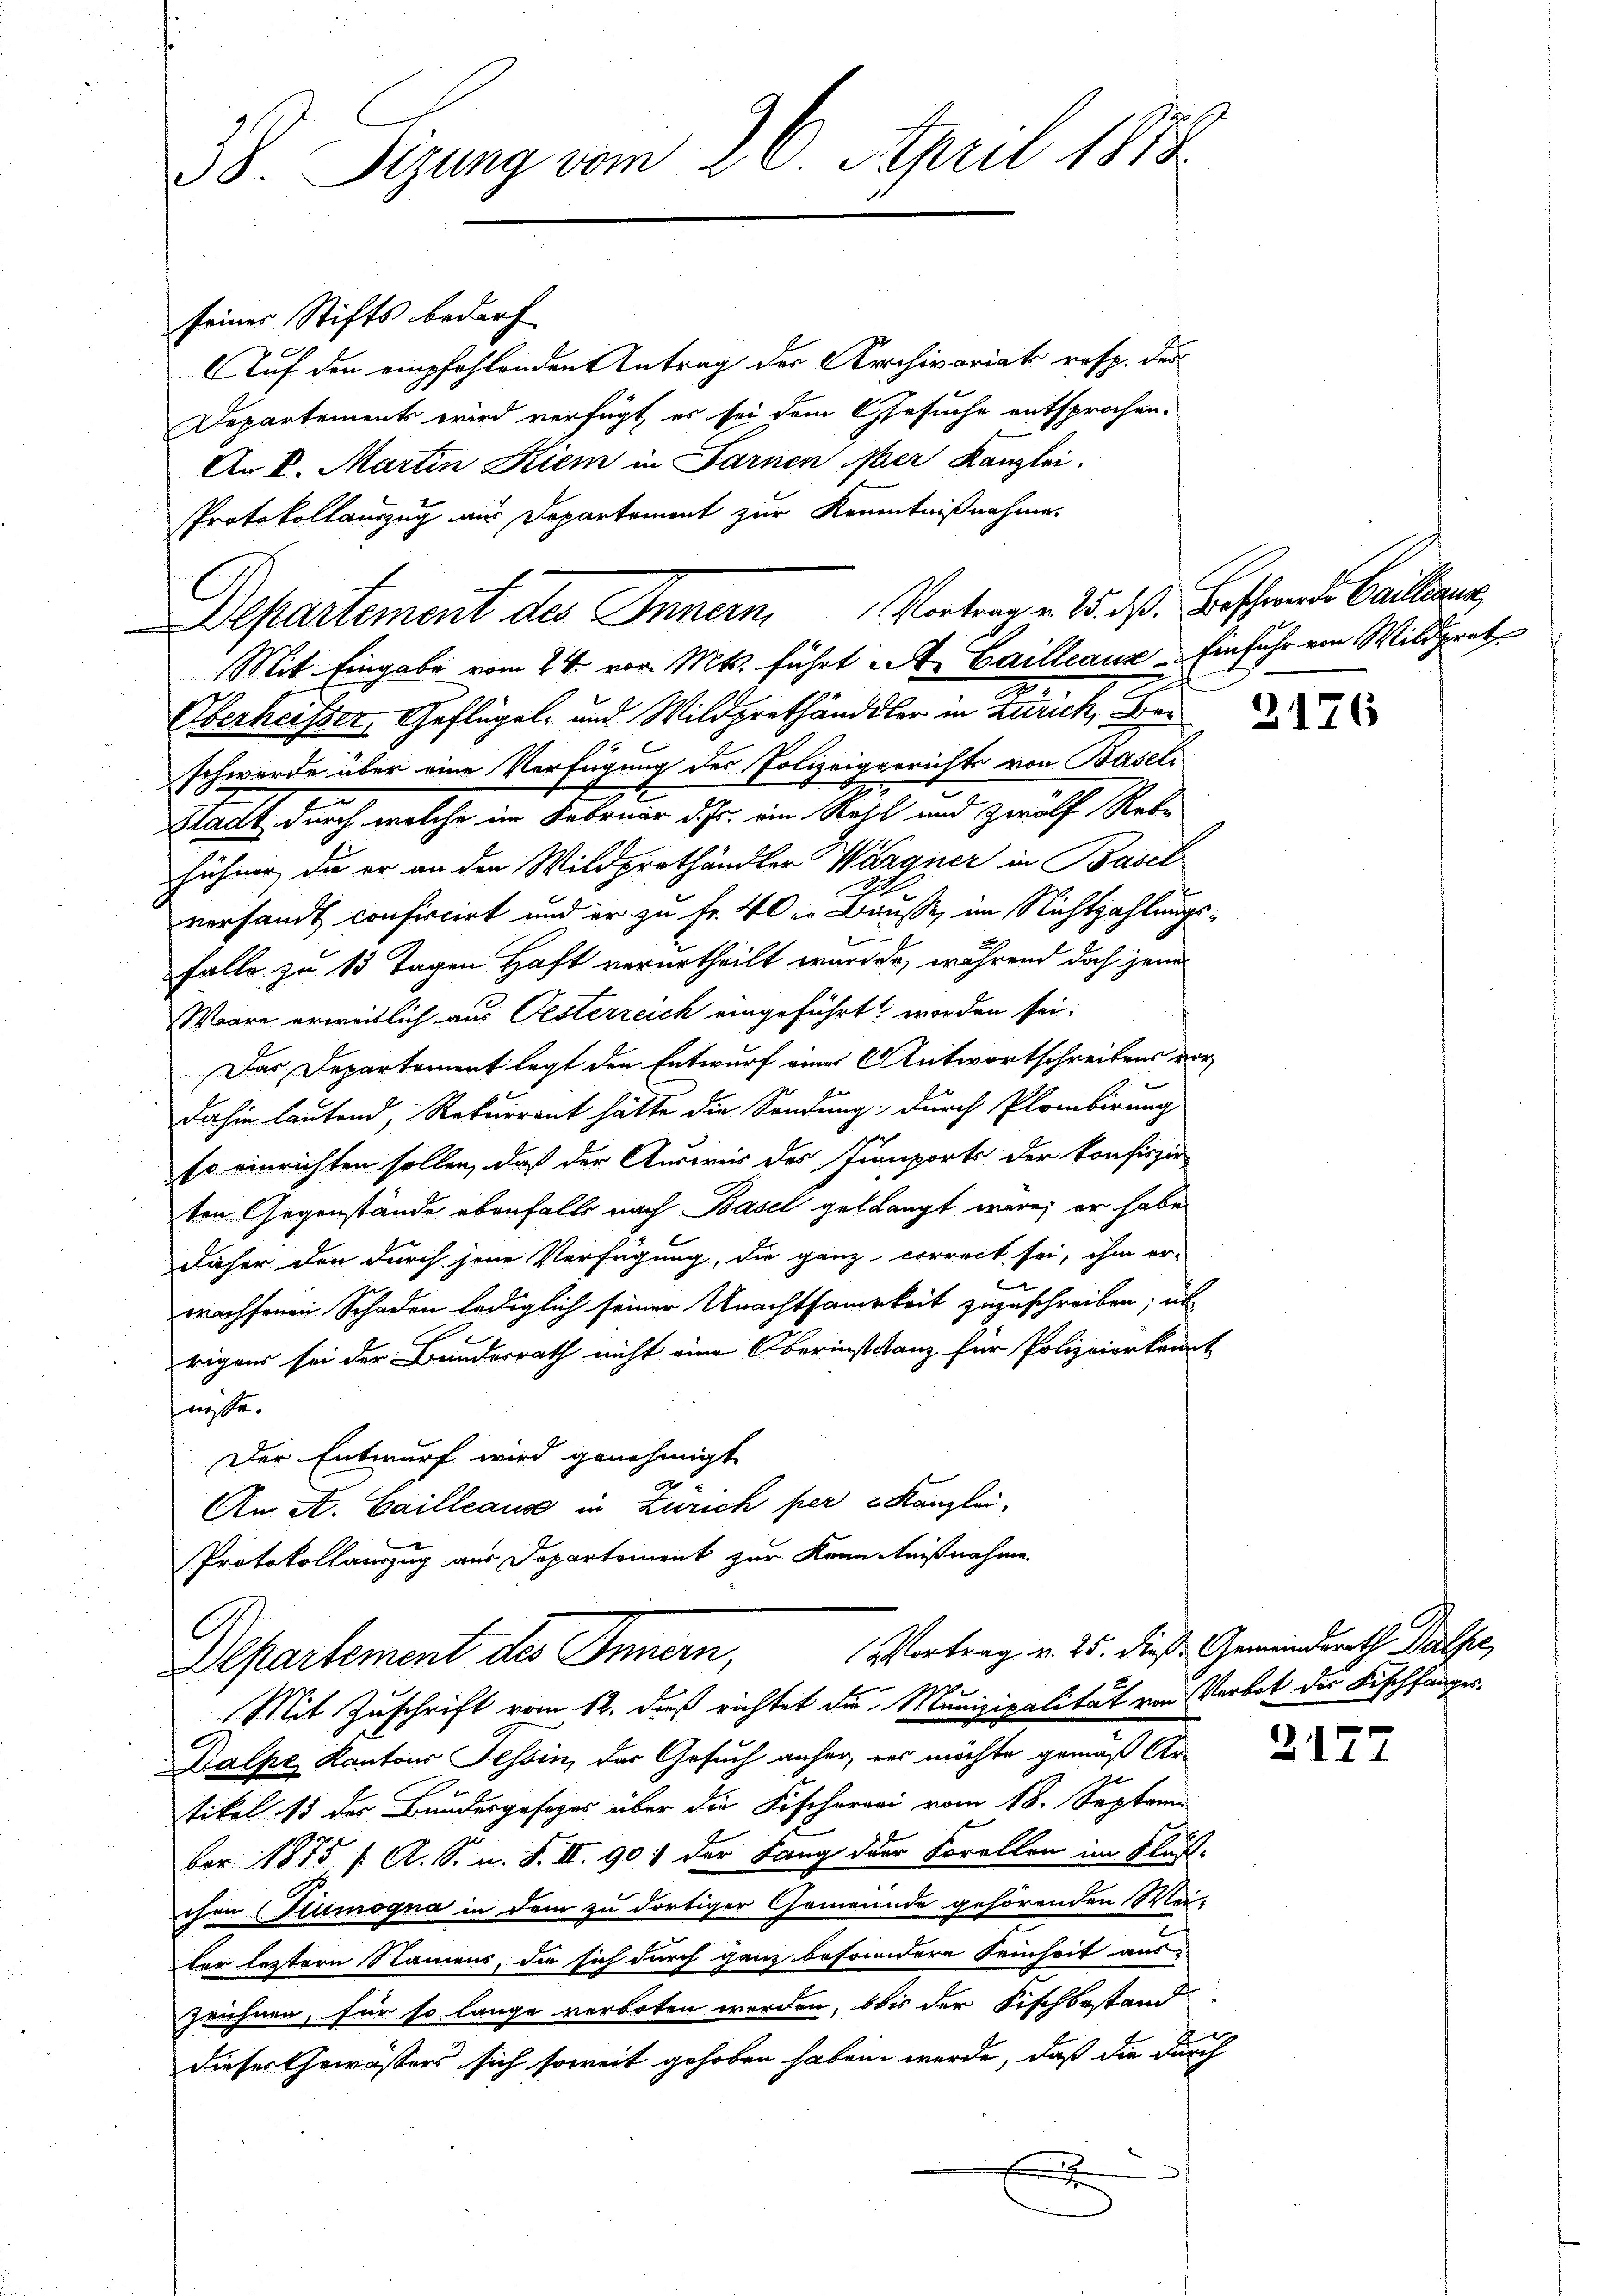
2
38. Sizung vom 28. April 1818.

seiner Stifts bedarf
Auf den empfehlenden Antrag der Archivariat resp. des
Departements wird verfügt, es sei dem Gesuche entsprochen.
An k. Martin Kiem in Farnen ober Kanzlei.
Protokollauszug aus Departement zur Kenntnißnahme
Oberheisser, Geflügel- und Wildprothändler in Zürich, Be
schwerde über eine Verfügung des Polizeigerrichts von Baseli
Stadt durch welche im Februar d. fr. im Raht und Zwölf Rebe
hühner, die er an den Wildprothändler Wärgner in Basel
versandt confiscirt und er zu fr. 4 der Bausse, im Nichtzahlung
Falle zu 15 Tagen Haft verurtheilt wurden, während doch jene
Waare erweitlich aus Oesterreich eingeführt worden sei.
Das Departement legt den Entwurf eines Antwortschreibens rodahin lautend, Rekurrent hätte die Sendung; durch Plombirung
so einrichten sollen, daß der Ausweis des Jumports der konfiszir-
ten Gegenstände ebenfalls nach Basel gelangt wäre; er habe
daher den durch jene Verfügung, die ganz correct sei, ihm er-
wachsenen Schaden lediglich seiner Unachtsamkeit zuzuschreiben, un
rigens sei der Bundesrath nicht eine Oberinstitanz für Polizeierkenn
nisse.
Der Entwurf wird genehmigt
An A. Cailleause in Zürich per u Kanzlei,
Protokollauszug aus Departement zur Kenntnißnahme
Vortrag v. 25. dieß Gemeindsrath Dälfe,
Departement des Innern,
Mit Zuschrift vom 12. daß richtet die Munizipalität von Verbot des Fischfanges
Dalpe Kantons Tessin, der Gesuch anher, es möchte gemäß Ar-
tikel 15 des Bundesgesezes über die Fischerei vom 18. Septem
ber 1875 f. A. S. n. F. II. 901 der Sang der Forellen im Fluss.
chen Stumogna in dem zu dortiger Gemeinde gehörenden Wei-
ler leztern Namens, die sich durch ganz besondere Seinheit aus-
Zeichnen, für so lange verboten werden, bis der Fischbestand
dieser Gewässers sich soweit gehoben haben werde, daß die durx

Departement des Innern Vorbenen 25. d. Beschen Cantonen,
Mit Eingabe vom 24. von Mts. führt A. Cailleaus Einfuhr von Wildpret

2176

2177